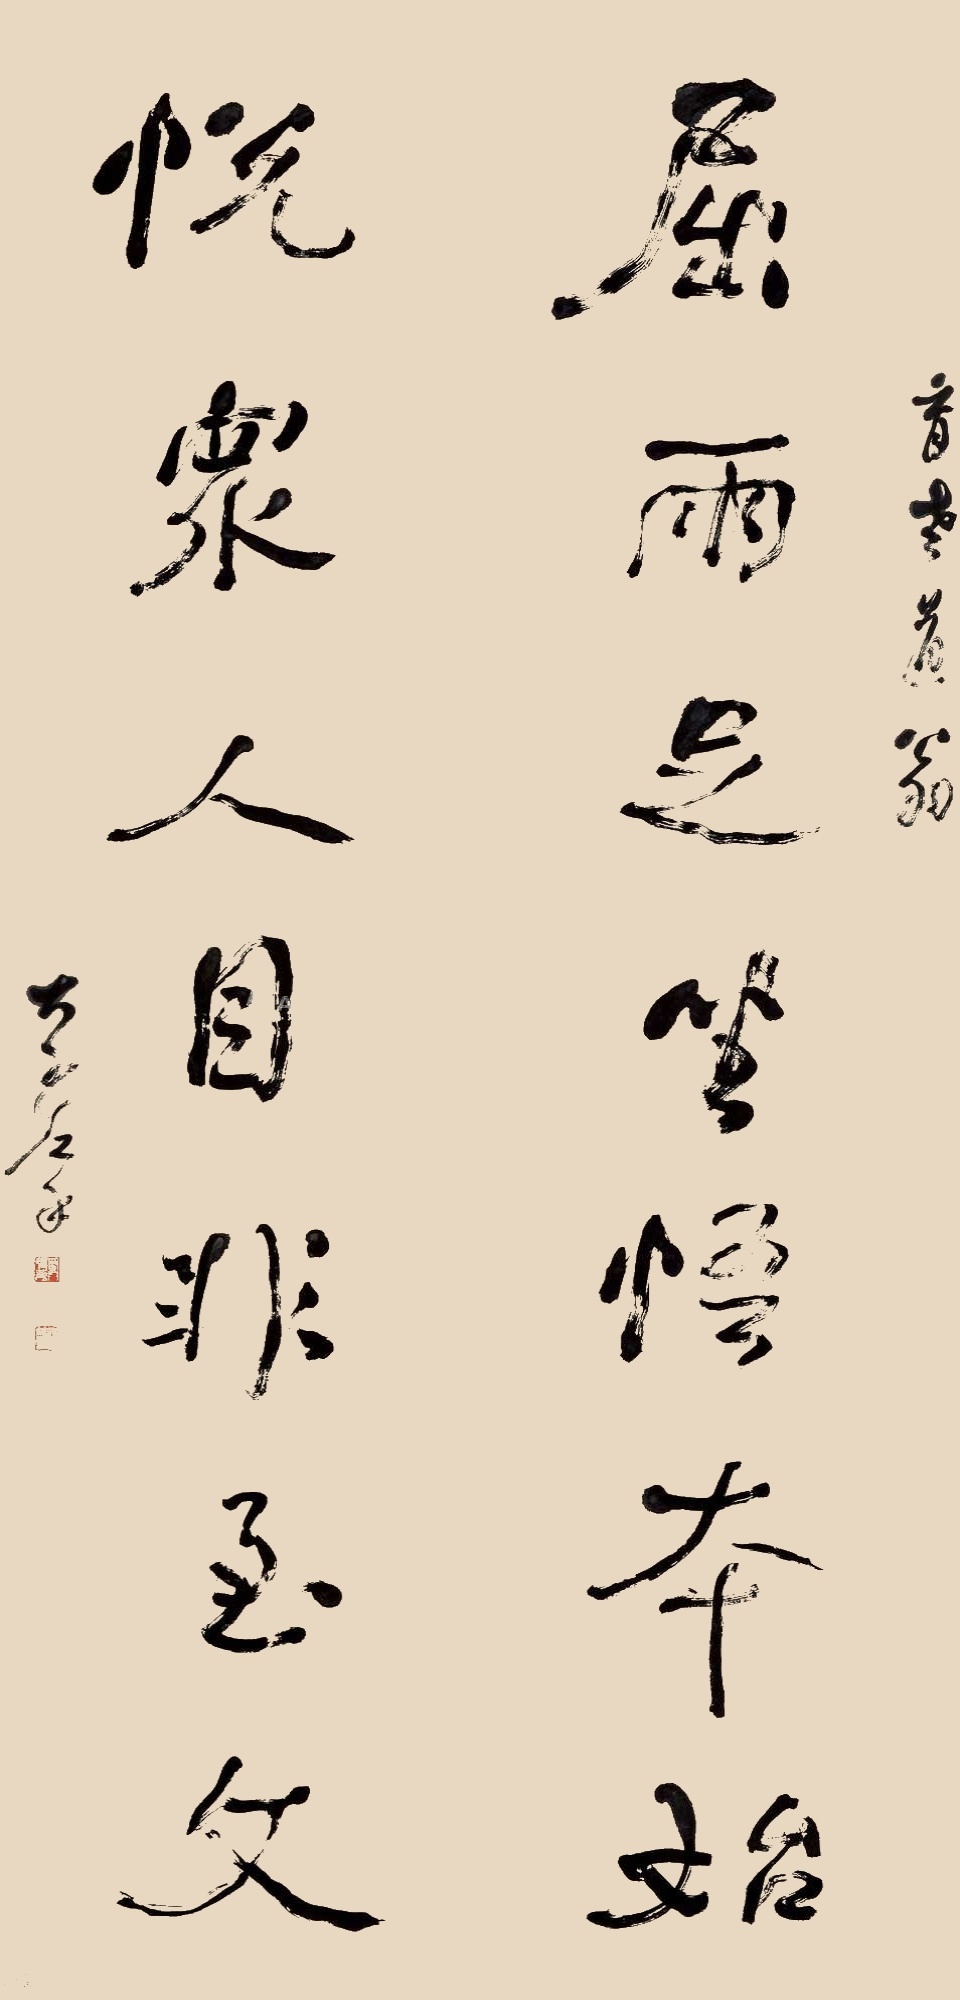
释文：屈两足坐悟本始，悦众人目非至文。育老道翁，大千左手。